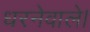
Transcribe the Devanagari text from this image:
धरनेवाले।